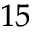
^ { 1 5 }